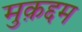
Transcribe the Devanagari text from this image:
मुक़द्दम